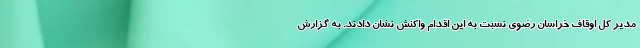
مدیر کل اوقاف خراسان رضوی نسبت به این اقدام واکنش نشان دادند. به گزارش